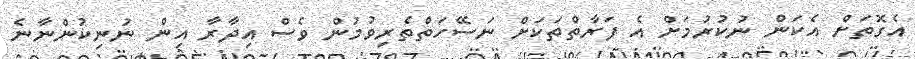
އެގޮތަށް އެކަން ނުކުރުމަށް އެ ފަރާތްތަކަށް ނަސޭހަތްތެރިވުމުން ވެސް އިދާރާ އިން ނުނިކުންނާނެ